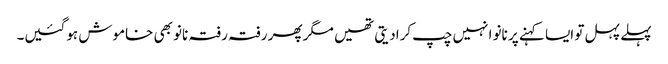
پہلے پہل تو ایسا کہنے پر نانو انہیں چپ کرادیتی تھیں مگر پھر رفتہ رفتہ نانو بھی خاموش ہوگئیں۔